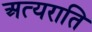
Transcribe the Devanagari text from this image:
अत्यराति